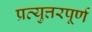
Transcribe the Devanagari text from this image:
प्रत्युत्तरपूर्ण